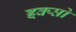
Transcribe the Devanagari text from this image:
इक्सो